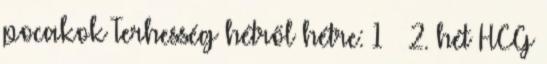
pocakok Terhesség hétről hétre: 1 – 2. hét HCG